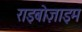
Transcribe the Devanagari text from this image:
राइबोज़ाइम